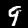
Label: 9